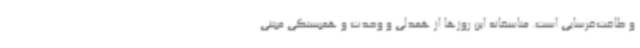
و طاقت‌فرسایی است. متاسفانه این روزها از همدلی و وحدت و همبستگی مبتنی